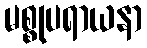
မစ္စုပရာယနာ